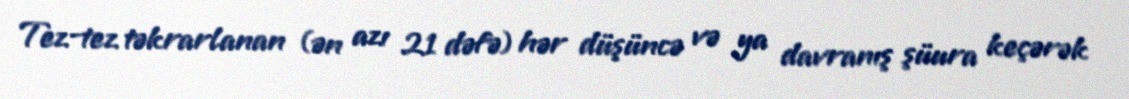
Tez-tez təkrarlanan (ən azı 21 dəfə) hər düşüncə və ya davranış şüura keçərək